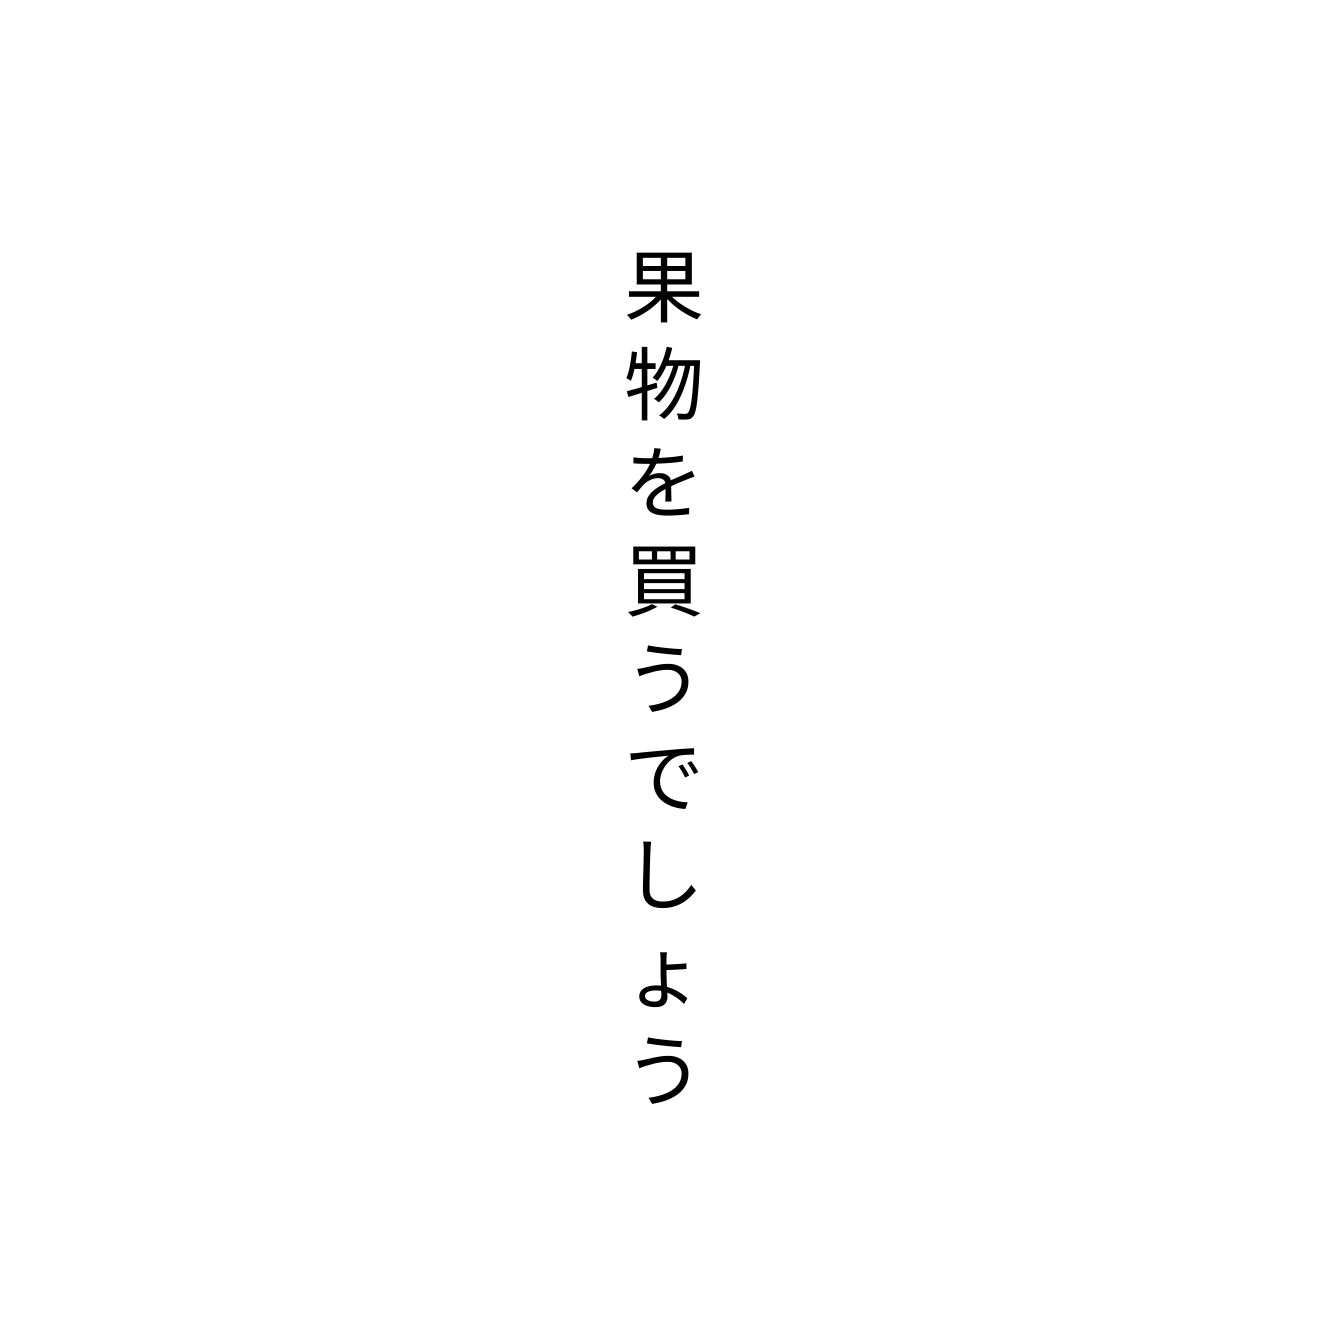
果物を買うでしょう